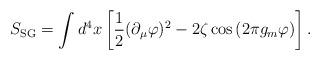
LaTeX: \begin{align*}S_{\rm SG}=\int d^4x\left[\frac12(\partial_\mu\varphi)^2-2\zeta\cos\left(2\pi g_m\varphi\right)\right].\end{align*}